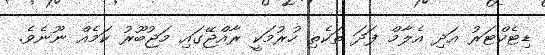
ޑިޓެކްޓަރު އަދި އެލާމް ފަދަ ތަކެތި ހުރުމަކީ ރާއްޖޭގައި މަޖުބޫރު ކަމެއް ނޫނެވެ.